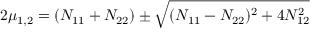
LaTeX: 2 \mu _ { 1 , 2 } = ( N _ { 1 1 } + N _ { 2 2 } ) \pm \sqrt { ( N _ { 1 1 } - N _ { 2 2 } ) ^ { 2 } + 4 N _ { 1 2 } ^ { 2 } }